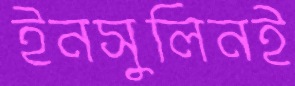
ইনসুলিনই